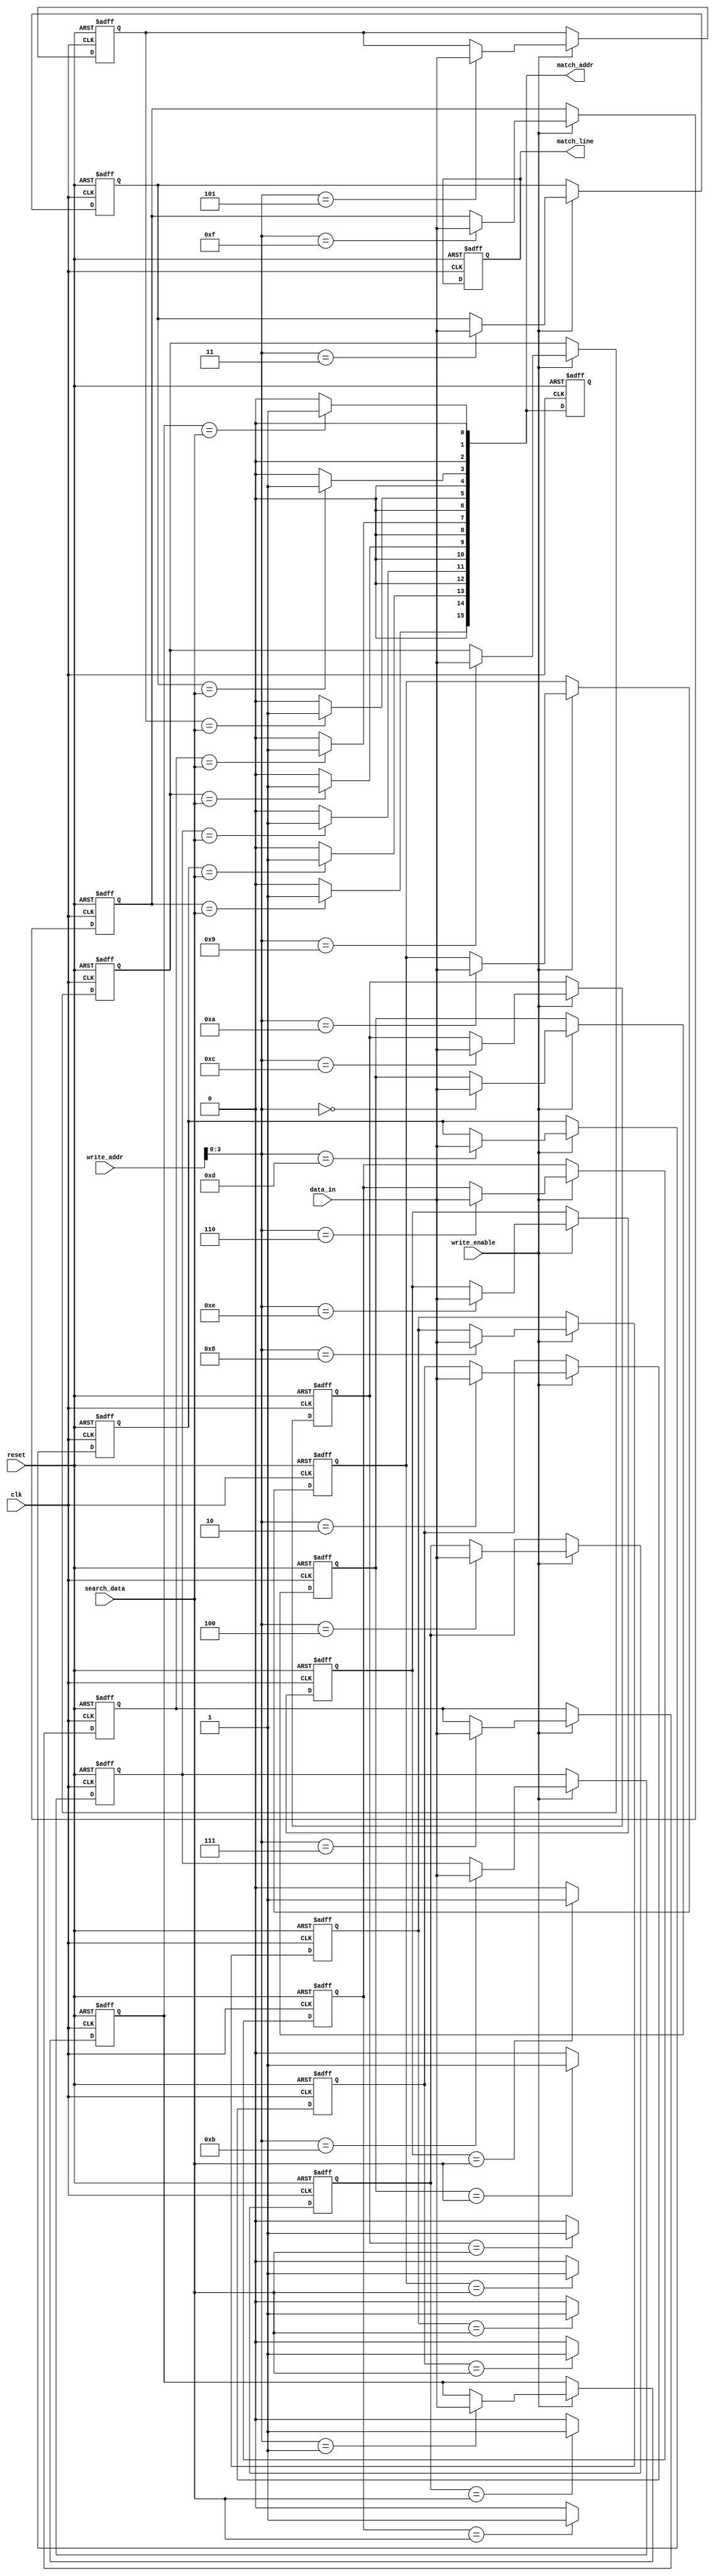
module BCAM #(
    parameter N = 16, // Number of entries (rows)
    parameter M = 8    // Width of each entry (columns)
)(
    input wire clk,                // Clock signal
    input wire reset,              // Reset signal
    input wire write_enable,       // Write enable signal
    input wire [M-1:0] data_in,    // Data input for writing
    input wire [N-1:0] write_addr, // Address to write data
    input wire [M-1:0] search_data, // Data to search for
    output reg [N-1:0] match_line, // Match line output
    output reg [N-1:0] match_addr   // Address of matched entries
);

// Memory array
reg [M-1:0] memory [0:N-1];

// Internal signals
integer i;

// Write operation
always @(posedge clk or posedge reset) begin
    if (reset) begin
        // Reset memory
        for (i = 0; i < N; i = i + 1) begin
            memory[i] <= {M{1'b0}};
        end
        match_line <= {N{1'b0}};
        match_addr <= {N{1'b0}};
    end else if (write_enable) begin
        // Write data to specified address
        memory[write_addr] <= data_in;
    end
end

// Search operation
always @(*) begin
    match_line = {N{1'b0}}; // Clear match line
    match_addr = {N{1'b0}}; // Clear match address

    // Compare search data with each entry in memory
    for (i = 0; i < N; i = i + 1) begin
        if (memory[i] == search_data) begin
            match_line[i] = 1'b1; // Set match line for matching entry
            match_addr[i] = i;    // Store the address of the match
        end
    end
end

endmodule